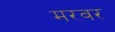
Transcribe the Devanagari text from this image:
मरवर